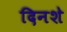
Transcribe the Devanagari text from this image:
दिनशे